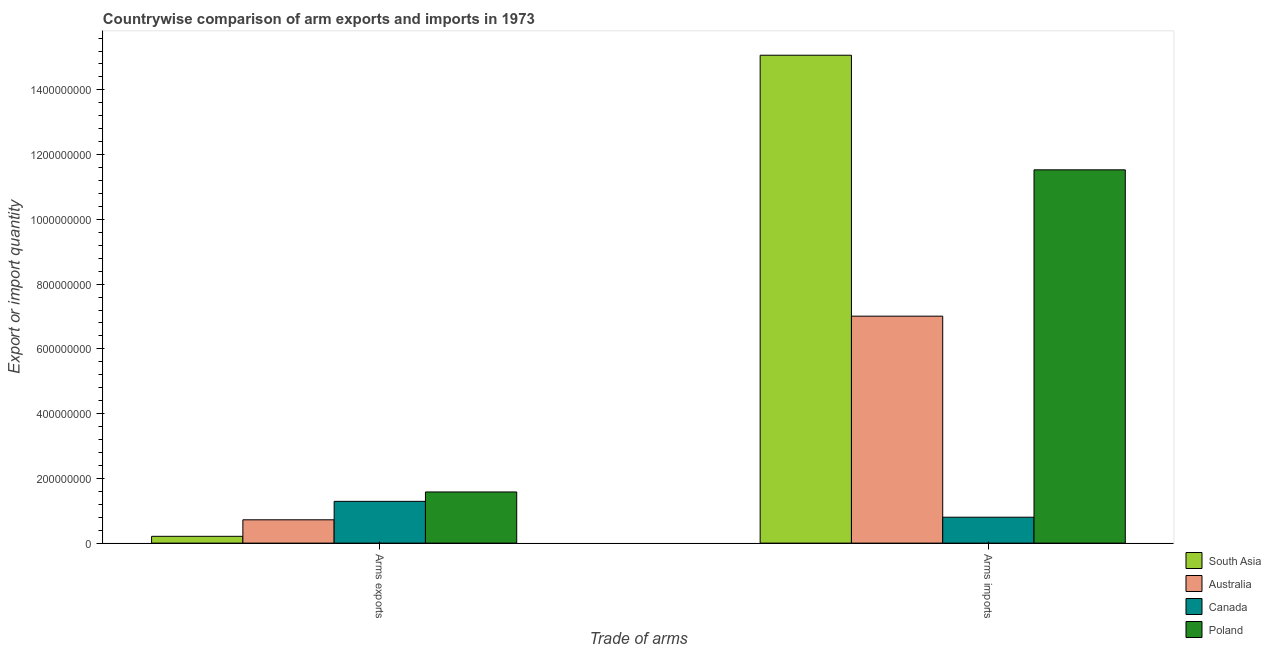
| Trade of arms | South Asia | Australia | Canada | Poland |
 | --- | --- | --- | --- | --- |
 | Arms exports | 2.1e+07 | 7.2e+07 | 1.29e+08 | 1.58e+08 |
 | Arms imports | 1.51e+09 | 7.01e+08 | 8e+07 | 1.15e+09 |